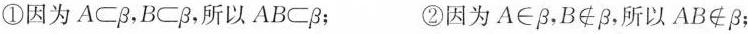
①因为A \subset \beta ，B\subset \beta ，所以AB\subset \beta ； ②因为A\in \beta ，B\notin \beta ，所以AB\notin \beta ；